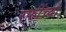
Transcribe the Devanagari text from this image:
रफींच्या